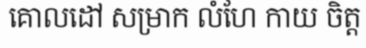
គោលដៅ សម្រាក លំហែ កាយ ចិត្ត